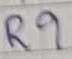
Text: R9